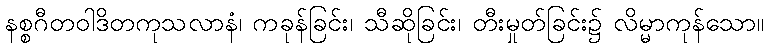
နစ္စဂီတဝါဒိတကုသလာနံ၊ ကခုန်ခြင်း၊ သီဆိုခြင်း၊ တီးမှုတ်ခြင်း၌ လိမ္မာကုန်သော။